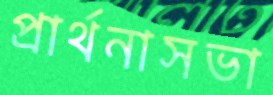
প্রার্থনাসভা